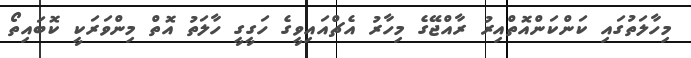
މިހާލަތުގައި ކަންކަންއޮތްއިރު ރާއްޖޭގެ މިހާރު އެޗްއައިވީގެ ހަގީގީ ހާލަތު އޮތް މިންވަރަކީ ކޮބައިތޯ